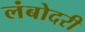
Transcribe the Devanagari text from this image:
लंबोदरी